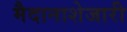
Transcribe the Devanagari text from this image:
मैदानाशेजारी